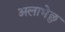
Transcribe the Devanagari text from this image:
अलाभेछु